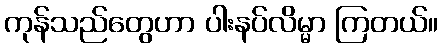
ကုန်သည်တွေဟာ ပါးနပ်လိမ္မာ ကြတယ်။